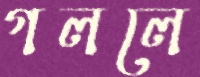
গললে